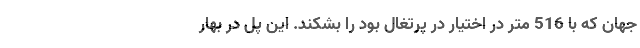
جهان که با 516 متر در اختیار در پرتغال بود را بشکند. این پل در بهار